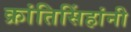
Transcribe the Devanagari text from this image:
क्रांतिसिंहांनी